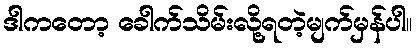
ဒါကတော့ ခေါက်သိမ်းလို့ရတဲ့မျက်မှန်ပါ။